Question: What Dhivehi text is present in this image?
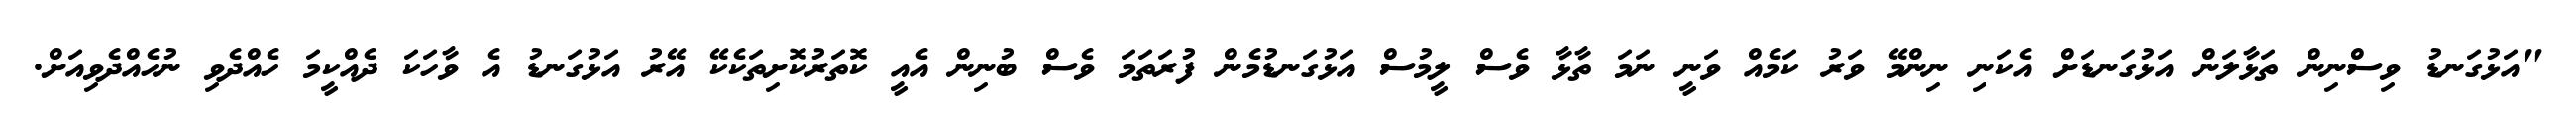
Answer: "އަޅުގަނޑު ވިސްނިން ތަޅާލަން އަޅުގަނޑަށް އެކަނި ނިންމޭ ވަރު ކަމެއް ވަނީ ނަމަ ތާޅާ ވެސް ލީމުސް އަޅުގަނޑުމެން ފުރަތަމަ ވެސް ބުނިން އެއީ ކޮތަރުކޮށިތަކެކޭ އޭރު އަޅުގަނޑު އެ ވާހަކަ ދެއްކީމަ ހެއްދެވި ނުހެއްދެވިއަށް.